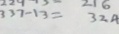
3 3 7 - 1 3 = 3 2 4